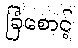
ခြံစောင့်